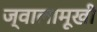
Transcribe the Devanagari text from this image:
ज्वालामूखी